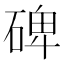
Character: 碑